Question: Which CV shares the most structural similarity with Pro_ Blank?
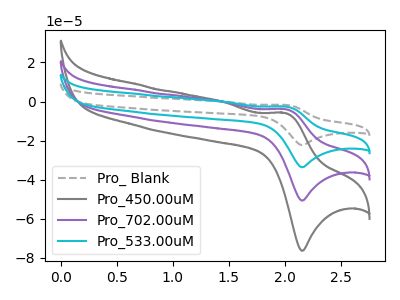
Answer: <think>The gray dashed curve "Pro_ Blank" has an anodic peak at (2.00V, -11.80uA) and a cathodic peak at (2.15V, -152.25uA). The gray curve "Pro_450.00uM" has an anodic peak at (2.00V, -5.90uA) and a cathodic peak at (2.15V, -76.50uA). The purple curve "Pro_702.00uM" has an anodic peak at (2.00V, -3.95uA) and a cathodic peak at (2.15V, -50.75uA). The cyan curve "Pro_533.00uM" has an anodic peak at (2.00V, -7.85uA) and a cathodic peak at (2.15V, -101.50uA).
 All the peaks in "Pro_ Blank" have a peak in "Pro_450.00uM" at the same potential. All the peaks in "Pro_ Blank" have a peak in "Pro_702.00uM" at the same potential. All the peaks in "Pro_ Blank" have a peak in "Pro_533.00uM" at the same potential. All the peaks in "Pro_450.00uM" have a peak in "Pro_702.00uM" at the same potential. All the peaks in "Pro_450.00uM" have a peak in "Pro_533.00uM" at the same potential. All the peaks in "Pro_702.00uM" have a peak in "Pro_533.00uM" at the same potential.</think>
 <answer>"Pro_ Blank", "Pro_702.00uM" and "Pro_533.00uM" have a similar shape to "Pro_450.00uM".</answer>
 <eval>"Pro_ Blank" "Pro_702.00uM" "Pro_533.00uM"</eval>